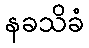
နခသိခံ